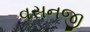
વસનજી